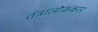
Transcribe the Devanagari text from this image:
तंत्रालोककार